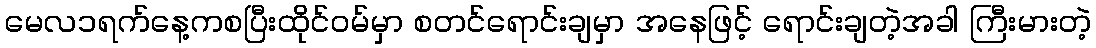
မေလ၁ရက်နေ့ကစပြီးထိုင်ဝမ်မှာ စတင်ရောင်းချမှာ အနေဖြင့် ရောင်းချတဲ့အခါ ကြီးမားတဲ့